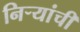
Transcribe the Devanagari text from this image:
निर्‍यांची